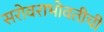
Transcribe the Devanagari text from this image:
सरोवराभोवतीची